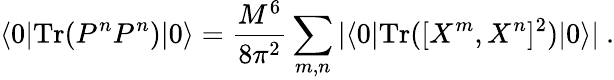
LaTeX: \langle 0|\mathrm{Tr}(P^{n}P^{n})|0\rangle=\frac{M^{6}}{8\pi^{2}}\sum_{m,n}|\langle 0|\mathrm{Tr}([X^{m},X^{n}]^{2})|0\rangle|\ .